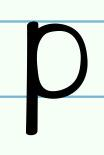
p